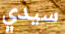
سيدي